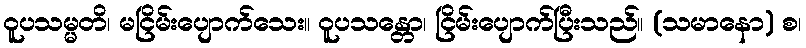
ဝူပသမ္မတိ၊ မငြိမ်းပျောက်သေး။ ဝူပသန္တော၊ ငြိမ်းပျောက်ပြီးသည်။ (သမာနော) စ၊